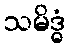
သမိဒ္ဓံ